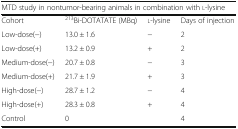
<table><thead><tr><td colspan="4"><b>MTD study in nontumor-bearing animals in combination with l-lysine</b></td></tr></thead><tbody><tr><td>Cohort</td><td><sup>213</sup>Bi-DOTATATE (MBq)</td><td>l-lysine</td><td>Days of injection</td></tr><tr><td>Low-dose(−)</td><td>13.0 ± 1.6</td><td>−</td><td>2</td></tr><tr><td>Low-dose(+)</td><td>13.2 ± 0.9</td><td>+</td><td>2</td></tr><tr><td>Medium-dose(−)</td><td>20.7 ± 0.8</td><td>−</td><td>3</td></tr><tr><td>Medium-dose(+)</td><td>21.7 ± 1.9</td><td>+</td><td>3</td></tr><tr><td>High-dose(−)</td><td>28.7 ± 1.2</td><td>−</td><td>4</td></tr><tr><td>High-dose(+)</td><td>28.3 ± 0.8</td><td>+</td><td>4</td></tr><tr><td>Control</td><td>0</td><td></td><td>4</td></tr></tbody></table>